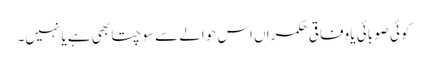
کوئی صوبائی یا وفاقی حکمراں اس حوالے سے سوچتا بھی ہے یا نہیں۔